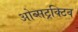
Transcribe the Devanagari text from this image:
ओब्सट्रक्टिव